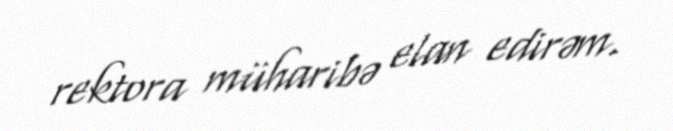
rektora müharibə elan edirəm.